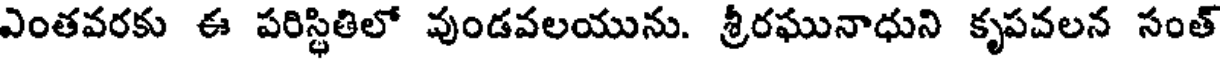
ఎంతవరకు ఈ పరిస్థితిలో వుండవలయును. శ్రీరఘునాధుని కృపవలన సంత్